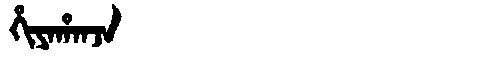
Manchu: ᡥᡳᠶᠠᡥᠠᠨᠵᠠ
Romanization: HIYAHANJA